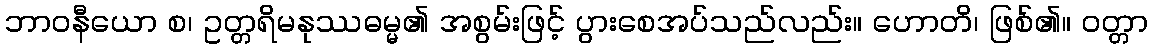
ဘာဝနီယော စ၊ ဥတ္တရိမနုဿဓမ္မ၏ အစွမ်းဖြင့် ပွားစေအပ်သည်လည်း။ ဟောတိ၊ ဖြစ်၏။ ဝတ္တာ